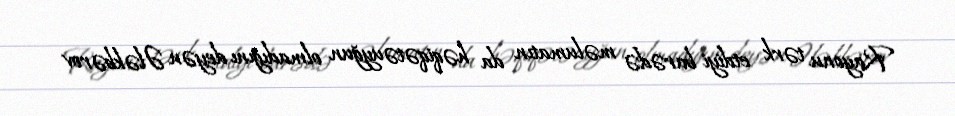
Rayonu tərk etdiyi barədə məlumatın da həqiqətəuyğun olmadığını deyən Ələkbərov